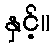
နှင့်။